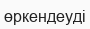
өркендеуді